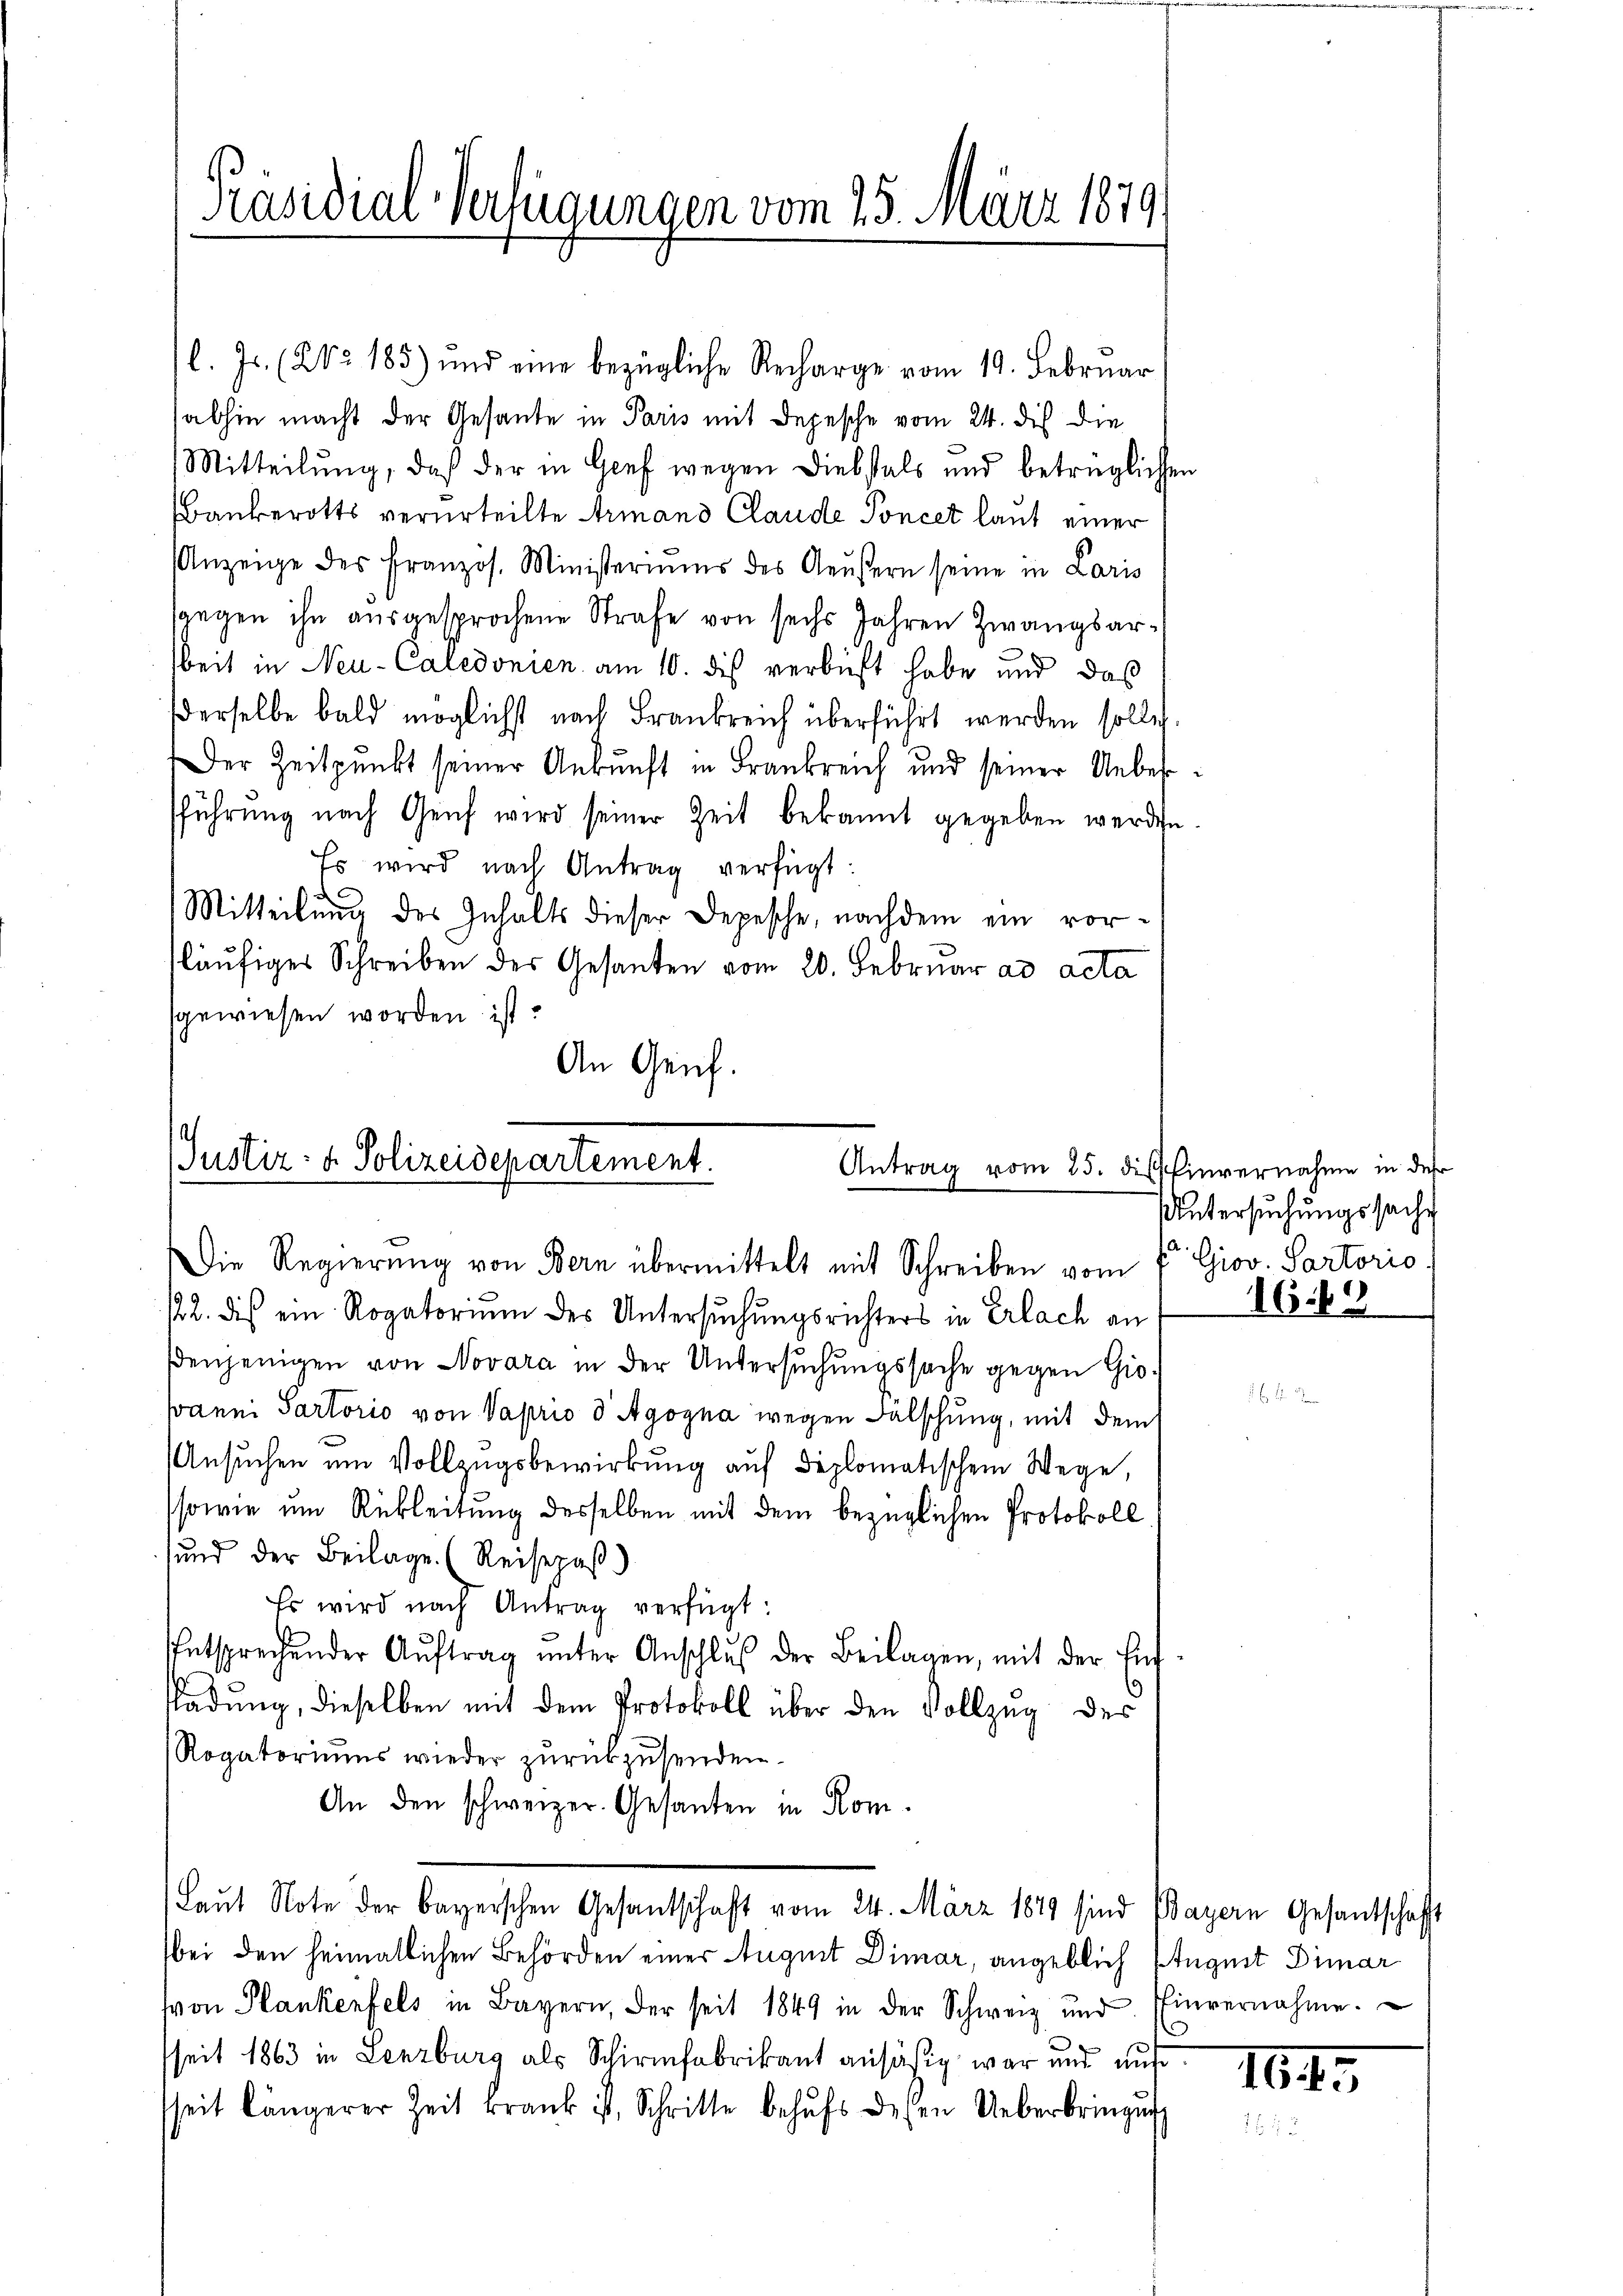
Präsidial-Verfügungen vom 25. März 1879.

l. Js. (23. 185) und eine bezügliche Recharge vom 19. Februar
sabhin macht der Gesande in Paris mit Depesche vom 24. dis die
Mitteilŭng, daß der in Genf wegen Diebstals und betrüglichen
Bankerotts verurteilte Armand Claude Soncet laut einer
Anzeige des Französ. Ministeriums des Aeußern seine in Laris
langen ihn aŭsgesprochene Strafe von sechs Jahren Zwangsarsbeit in Neu-Caledonien am 10. des verbüßt habe und daß
derselbe bald möglichst nach Frankreich überführt werden solle.
Der Zeitpunkt seiner Ankunft in Frankreich und seiner Uebersführŭng nach Genf wird seiner Zeit bekannt gegeben werden.
Es wird nach Antrag verfügt:

Mitteilung des Inhalts dieser Depesche, nachdem ein vorsläufiger Schreiben des Gesanten vom 20. Februar ad acta
sgewiesen worden ist.
An Genf.

Justiz: v. Polizeidepartement.
Antrag vom 25. des
1
Die Regierung von Bern übermittelt mit Schreiben vom 7ten Giov. Partoris

/22. dies ein Rogatorium des Untersuchungsrichters in Erlach an
ßenjenigen von Novara in der Untersuchungssache gegen Gio¬
Janni Sartorio von Vaprio d Agogna wegen Fälschung, mit dem
Ansŭchen um Vollzugsbewirkung auf diplomatischem Wege,
sowie um Rübleitung desselben mit dem bezüglichen Protokoll
sund der Beilage. (Reisepaß)
Es wird nach Antrag verfügt:
Entsprechender Aŭftrag ŭnter Anschlŭβ der Beilagen, mit der Eif
sladŭng, dieselben mit dem Protokoll über den Vollzug des
Rogatoriums wieder zŭrückzusenden.
An den schweizer. Gesanten in Rom.
Laŭt Note der bayerschen Gesandschaft vom 24. März 1849 sind (Bayern Gesantschaft
bei den heimatlichen Behörden einer August Dimar, angeblich August Dimar
von Plankenfels in Bayern, der seit 1849 in der Schweiz und Einvernahme.
seit 1863 in Lenzburg als Schirmfabrikant ansäßig war und auf
seit längerer Zeit krank ist, Schritte behŭfs dessen Ueberbringŭng

Einvernahme in der
Untersuchungssache
169

e

164